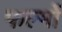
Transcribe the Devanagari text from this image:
फल्मों